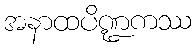
အနာထပိဏ္ဍကဿ